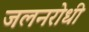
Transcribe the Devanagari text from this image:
जलनरोधी